Civil Veterinary Dept. Bombay admin report 1893-99 - 1893-1899
Year: 1893
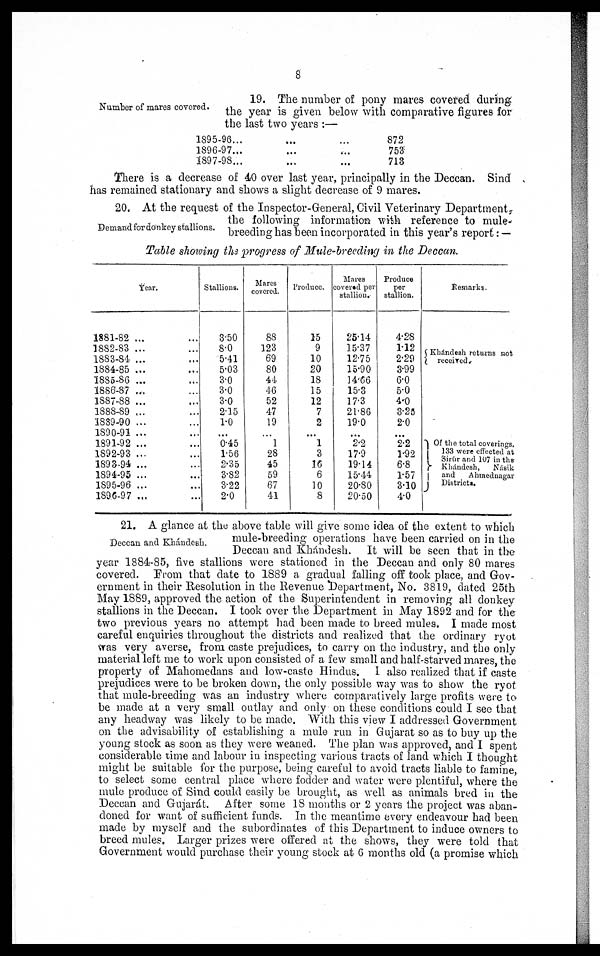
8
Number of mares covered.
19. The number of pony mares covered during
the year is given below with comparative figures for
the last two years :—
1895-96... ... ...
1896-97... ... ...
1897-98... ... ...
872
753
713
There is a decrease of 40 over last year, principally in the Deccan. Sind
has remained stationary and shows a slight decrease of 9 mares.
Demand for donkey stallions.
20. At the request of the Inspector-General, Civil Veterinary Department,
the following information with reference to mule-
breeding has been incorporated in this year's report: —
Table showing the progress of Mule-breeding in the Deccan.
Year.
1881-82 ... ...
1882-83 ... ...
1883-84 ... ...
1884-85 ... ...
1885-86 ... ...
1886-87 ... ...
1887-88 ... ...
1888-89 ... ...
1889-90 ... ...
1890-91 ... ...
1891-92 ... ...
1892-93 ... ...
1893-94 ... ...
1894-95 ... ...
1895-96 ... ...
1896-97 ... ...
Stallions.
3.50
8.0
5.41
5.03
3.0
3.0
3.0
2.15
1.0
...
0.45
1.56
2.35
3.82
3.22
2.0
Mares
covered.
88
123
69
80
44
46
52
47
19
...
1
28
45
59
67
41
Produce.
15
9
10
20
18
15
12
7
2
...
1
3
16
6
10
8
Mares
covered per
stallion.
25.14
15.37
12.75
15.90
14.66
15.3
17.3
21.86
19.0
...
2.2
17.9
19.14
15.44
20.80
20.50
Produce
per
stallion.
4.28
1.12
2.29
3.99
6.0
5.0
4.0
3.25
2.0
...
2.2
1.92
6.8
1.57
3.10
4.0
Remarks.
Khándesh returns not
received.
Of the total coverings.
133 were effected at
Sirúr and 107 in the
Khándesh,
Násik
and
Ahmednagar
Districts.
Deccan and Khándesh.
21. A glance at the above table will give some idea of the extent to which
mule-breeding operations have been carried on in the
Deccan and Khándesh.
It will be seen that in the
year 1884-85, five stallions were stationed in the Deccan and only 80 mares
covered. From that date to 1889 a gradual falling off took place, and Gov-
ernment in their Resolution in the Revenue Department, No. 3819, dated 25th
May 1889, approved the action of the Superintendent in removing all donkey
stallions in the Deccan. I took over the Department in May 1892 and for the
two previous years no attempt had been made to breed mules. I made most
careful enquiries throughout the districts and realized that the ordinary ryot
was very averse, from caste prejudices, to carry on the industry, and the only
material left me to work upon consisted of a few small and half-starved mares, the
property of Mahomedans and low-caste Hindus. I also realized that if caste
prejudices were to be broken down, the only possible way was to show the ryot
that mule-breeding was an industry where comparatively large profits were to
be made at a very small outlay and only on these conditions could I see that
any headway was likely to be made. With this view I addressed Government
on the advisability of establishing a mule run in Gujarat so as to buy up the
young stock as soon as they were weaned. The plan was approved, and I spent
considerable time and labour in inspecting various tracts of land which I thought
might be suitable for the purpose, being careful to avoid tracts liable to famine,
to select some central place where fodder and water were plentiful, where the
mule produce of Sind could easily be brought, as well as animals bred in the
Deccan and Gujarát.
After some 18 months or 2 years the project was aban-
doned for want of sufficient funds. In the meantime every endeavour had been
made by myself and the subordinates of this Department to induce owners to
breed mules. Larger prizes were offered at the shows, they were told that
Government would purchase their young stock at 6 months old (a promise which